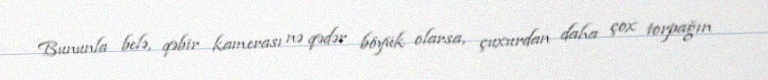
Bununla belə, qəbir kamerası nə qədər böyük olarsa, çuxurdan daha çox torpağın